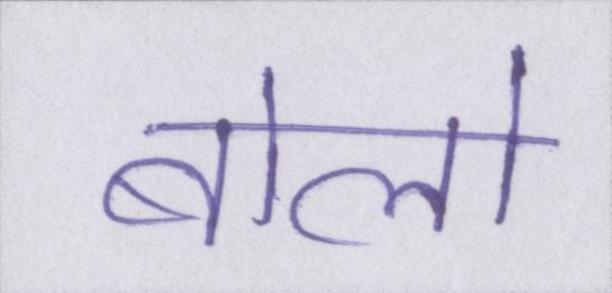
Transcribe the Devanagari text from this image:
बोलो